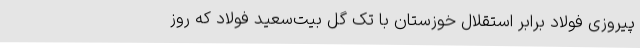
پیروزی فولاد برابر استقلال خوزستان با تک گل بیت‌سعید فولاد که روز